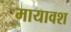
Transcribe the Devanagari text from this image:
मायावश